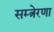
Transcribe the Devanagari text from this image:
सम्त्रेरणा